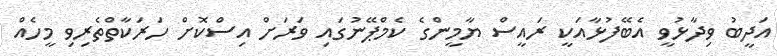
އަދީބު ވިދާޅުވީ އެބޭފުޅާއަކީ ރައީސް ޔާމީންގެ ކެމްޕޭނުގައި ވަރަށް އިސްކޮށް ހަރަކާތްތެރިވި މީހެއް